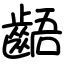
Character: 齬